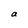
Character: a